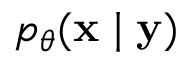
p _ { \theta } ( \mathbf { x } \mid \mathbf { y } )